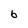
Character: 6